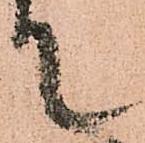
て